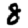
Digit: 8